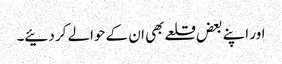
اور اپنے بعض قلعے بھی ان کے حوالے کر دئیے۔